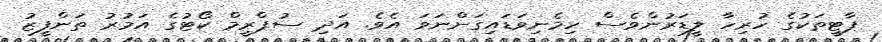
ޕާޓީތަކުގެ ހުރިހާ ލީޑަރުންވެސް ހިމެނިވަޑައިގަންނަވަ އެވެ. އަދި ސުޕްރީމް ކޯޓުގެ އަމުރު ތަންފީޒު